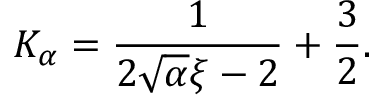
K _ { \alpha } = \frac { 1 } { 2 \sqrt { \alpha } \xi - 2 } + \frac { 3 } { 2 } .